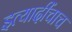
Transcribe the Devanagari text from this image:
इत्यादींचाच